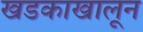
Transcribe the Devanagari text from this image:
खडकाखालून